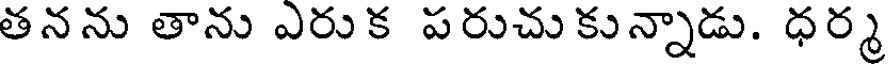
తనను తాను ఎరు క పరుచు కున్నాడు. ధర్మ